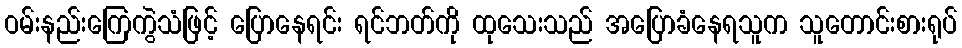
ဝမ်းနည်းကြေကွဲသံဖြင့် ပြောနေရင်း ရင်ဘတ်ကို ထုသေးသည် အပြောခံနေရသူက သူတောင်းစားရုပ်